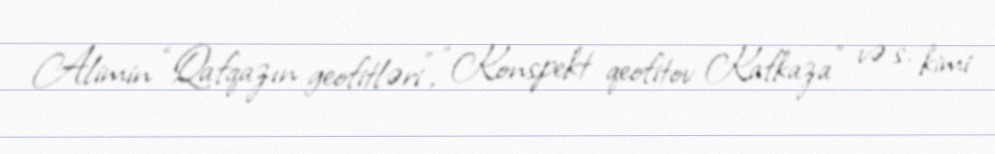
Alimin “Qafqazın geofitləri”, “Konspekt qeofitov Kafkaza” və s. kimi